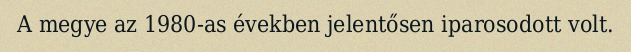
A megye az 1980-as években jelentősen iparosodott volt.